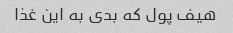
هیف پول که بدی به این غذا